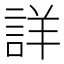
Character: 詳